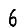
Digit: 6